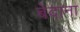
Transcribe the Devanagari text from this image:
बेदाना